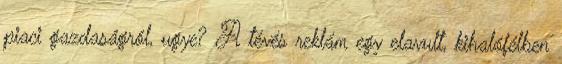
piaci gazdaságról, ugye? A tévés reklám egy elavult, kihalófélben